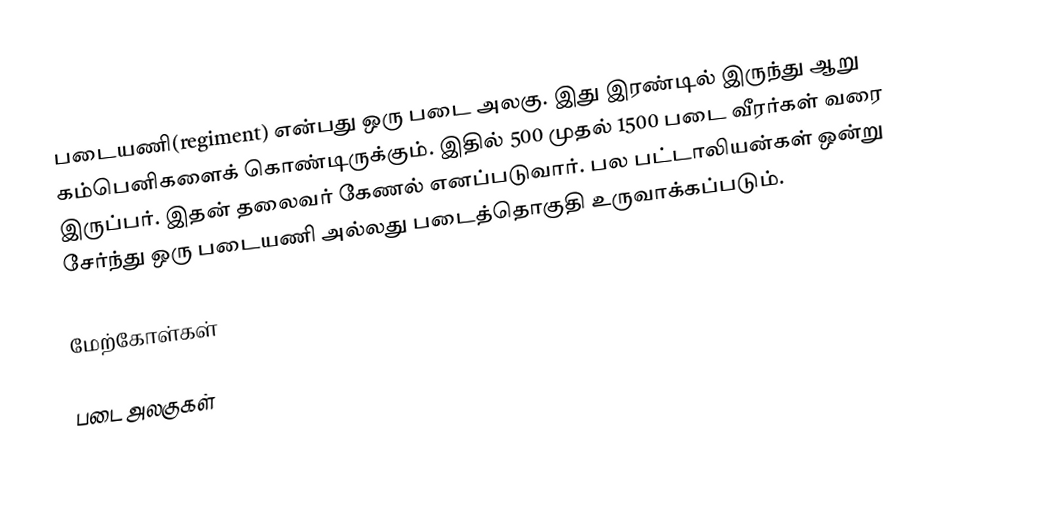
படையணி(regiment) என்பது ஒரு படை அலகு. இது இரண்டில் இருந்து ஆறு கம்பெனிகளைக் கொண்டிருக்கும். இதில் 500 முதல் 1500 படை வீரர்கள் வரை இருப்பர். இதன் தலைவர் கேணல் எனப்படுவார். பல பட்டாலியன்கள் ஒன்று சேர்ந்து ஒரு படையணி அல்லது படைத்தொகுதி உருவாக்கப்படும்.

மேற்கோள்கள்

படை அலகுகள்